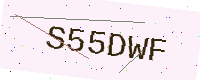
Text: S55DWF